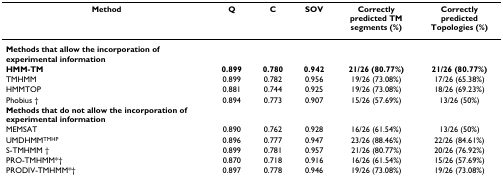
| Method | Q | C | SOV | Correctly predicted TM segments (%) | Correctly predicted Topologies (%) |
 | --- | --- | --- | --- | --- | --- |
 | Methods that allow the incorporation of experimental information |  |  |  |  |  |
 | HMM-TM | 0.899 | 0.780 | 0.942 | 21/26 (80.77%) | 21/26 (80.77%) |
 | TMHMM | 0.899 | 0.782 | 0.956 | 19/26 (73.08%) | 17/26 (65.38%) |
 | HMMTOP | 0.881 | 0.744 | 0.925 | 19/26 (73.08%) | 18/26 (69.23%) |
 | Phobius † | 0.894 | 0.773 | 0.907 | 15/26 (57.69%) | 13/26 (50%) |
 | Methods that do not allow the incorporation of experimental information |  |  |  |  |  |
 | MEMSAT | 0.890 | 0.762 | 0.928 | 16/26 (61.54%) | 13/26 (50%) |
 | UMDHMMTMHP | 0.896 | 0.777 | 0.947 | 23/26 (88.46%) | 22/26 (84.61%) |
 | S-TMHMM † | 0.899 | 0.781 | 0.957 | 21/26 (80.77%) | 20/26 (76.92%) |
 | PRO-TMHMM*† | 0.870 | 0.718 | 0.916 | 16/26 (61.54%) | 15/26 (57.69%) |
 | PRODIV-TMHMM*† | 0.897 | 0.778 | 0.946 | 19/26 (73.08%) | 19/26 (73.08%) |